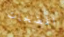
المضخات